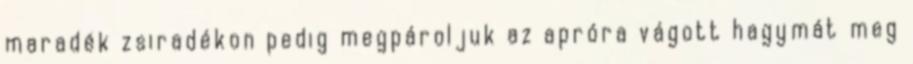
maradék zsiradékon pedig megpároljuk az apróra vágott hagymát meg